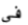
في